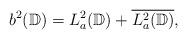
LaTeX: \begin{align*}{}b^{2}(\mathbb{D})=L^{2}_{a}(\mathbb{D})+\overline{L^{2}_{a}(\mathbb{D})},\end{align*}